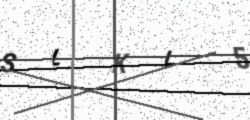
Text: SLKI5